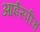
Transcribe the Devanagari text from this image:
आईस्पीच